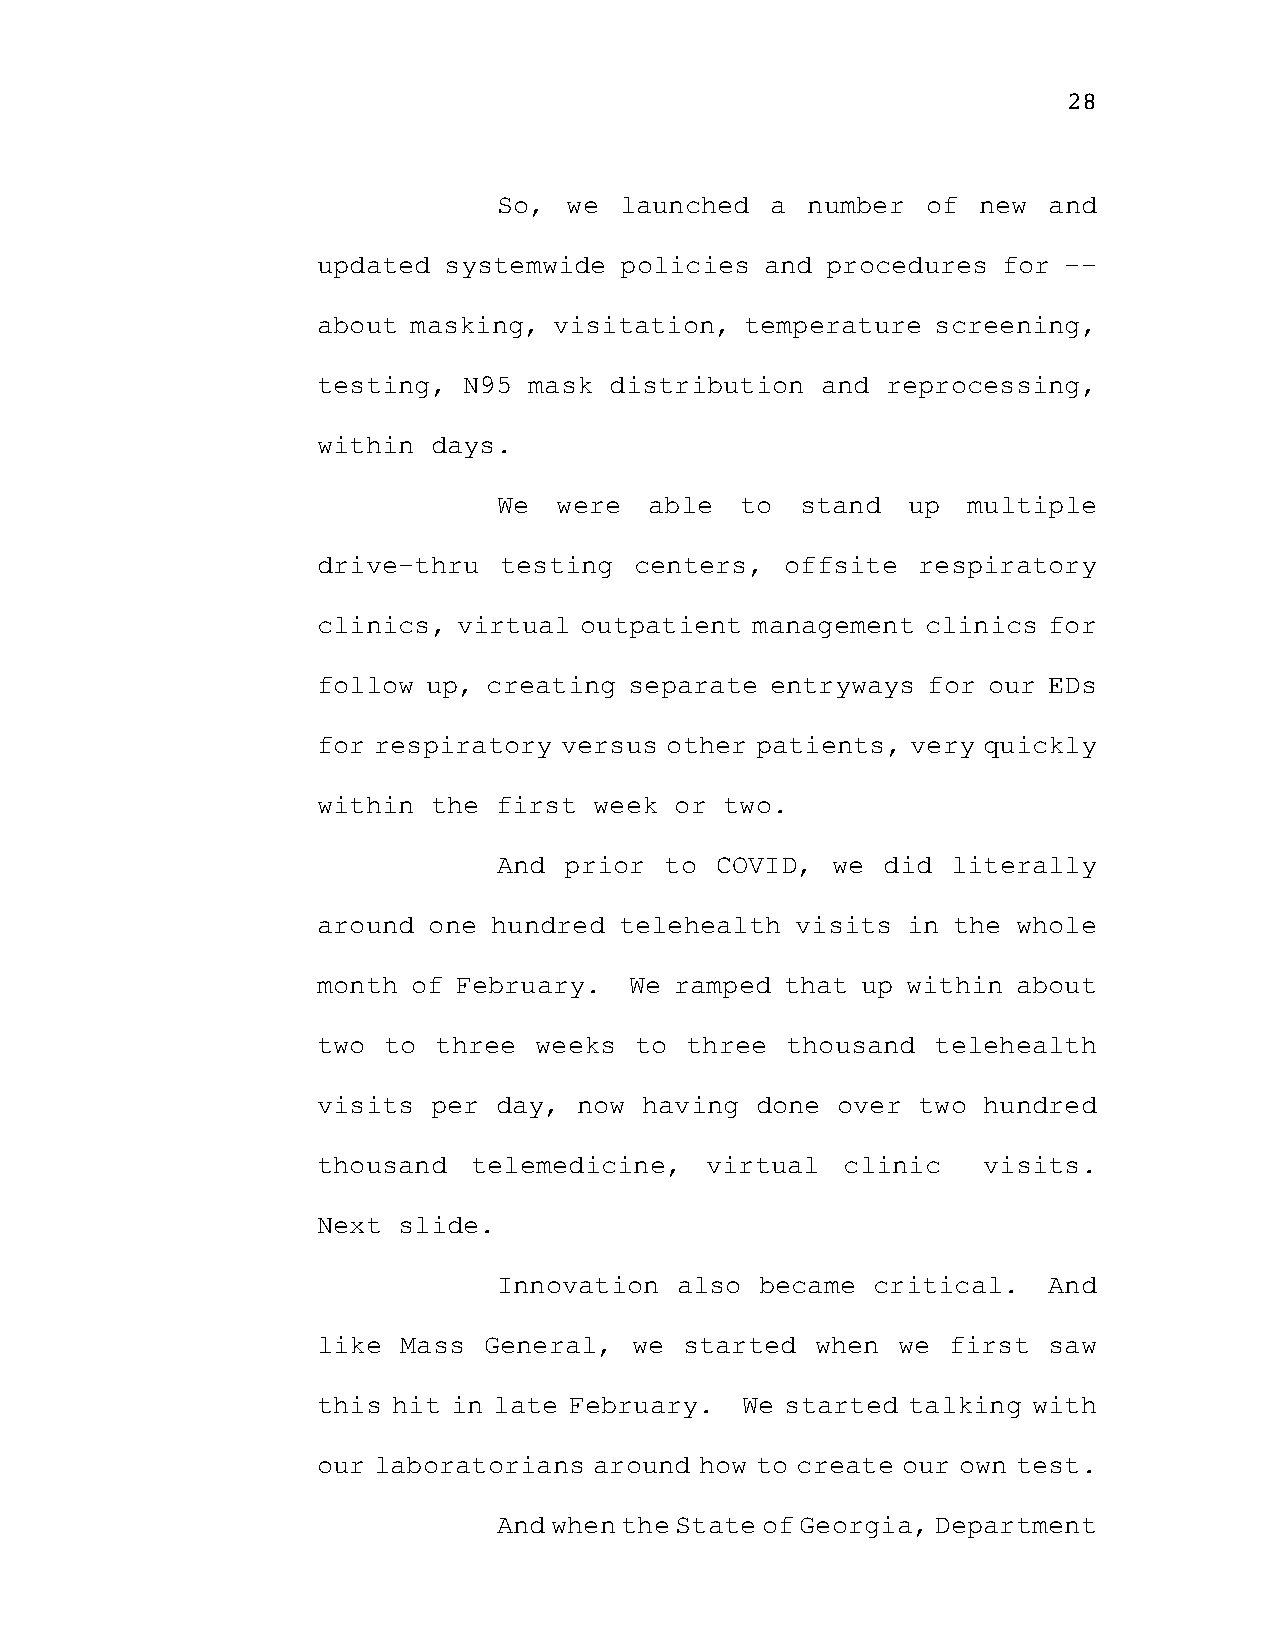
28
 So,  we launched  a number  of  new and
 updated systemwide  policies  and procedures for --
 about masking,  visitation, temperature  screening,
 testing,  N95 mask distribution  and  reprocessing,
 within  days.
 We  were  able  to  stand  up  multiple
 drive-thru  testing  centers,  offsite  respiratory
 clinics, virtual outpatient  management clinics for
 follow up, creating  separate entryways for our EDs
 for respiratory versus other patients, very quickly
 within  the first week  or two.
 And prior  to COVID,  we did  literally
 around one  hundred telehealth  visits in the whole
 month of February.   We ramped that up within about
 two to  three weeks  to three  thousand  telehealth
 visits  per day, now  having done over  two hundred
 thousand  telemedicine,   virtual  clinic   visits.
 Next slide.
 Innovation  also became  critical.  And
 like Mass  General,  we started  when we  first saw
 this hit in late February.  We started talking with
 our laboratorians around how to create our own test.
 And when the State of Georgia, Department